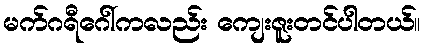
မက်ဂရီဂေါ်ကလည်း ကျေးဇူးတင်ပါတယ်။